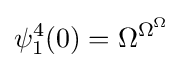
\psi _{1}^{4}(0)=\Omega ^{\Omega ^{\Omega }}